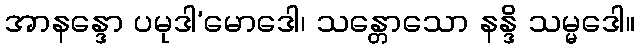
အာနန္ဒော ပမုဒါ’မောဒေါ၊ သန္တောသော နန္ဒိ သမ္မဒေါ။